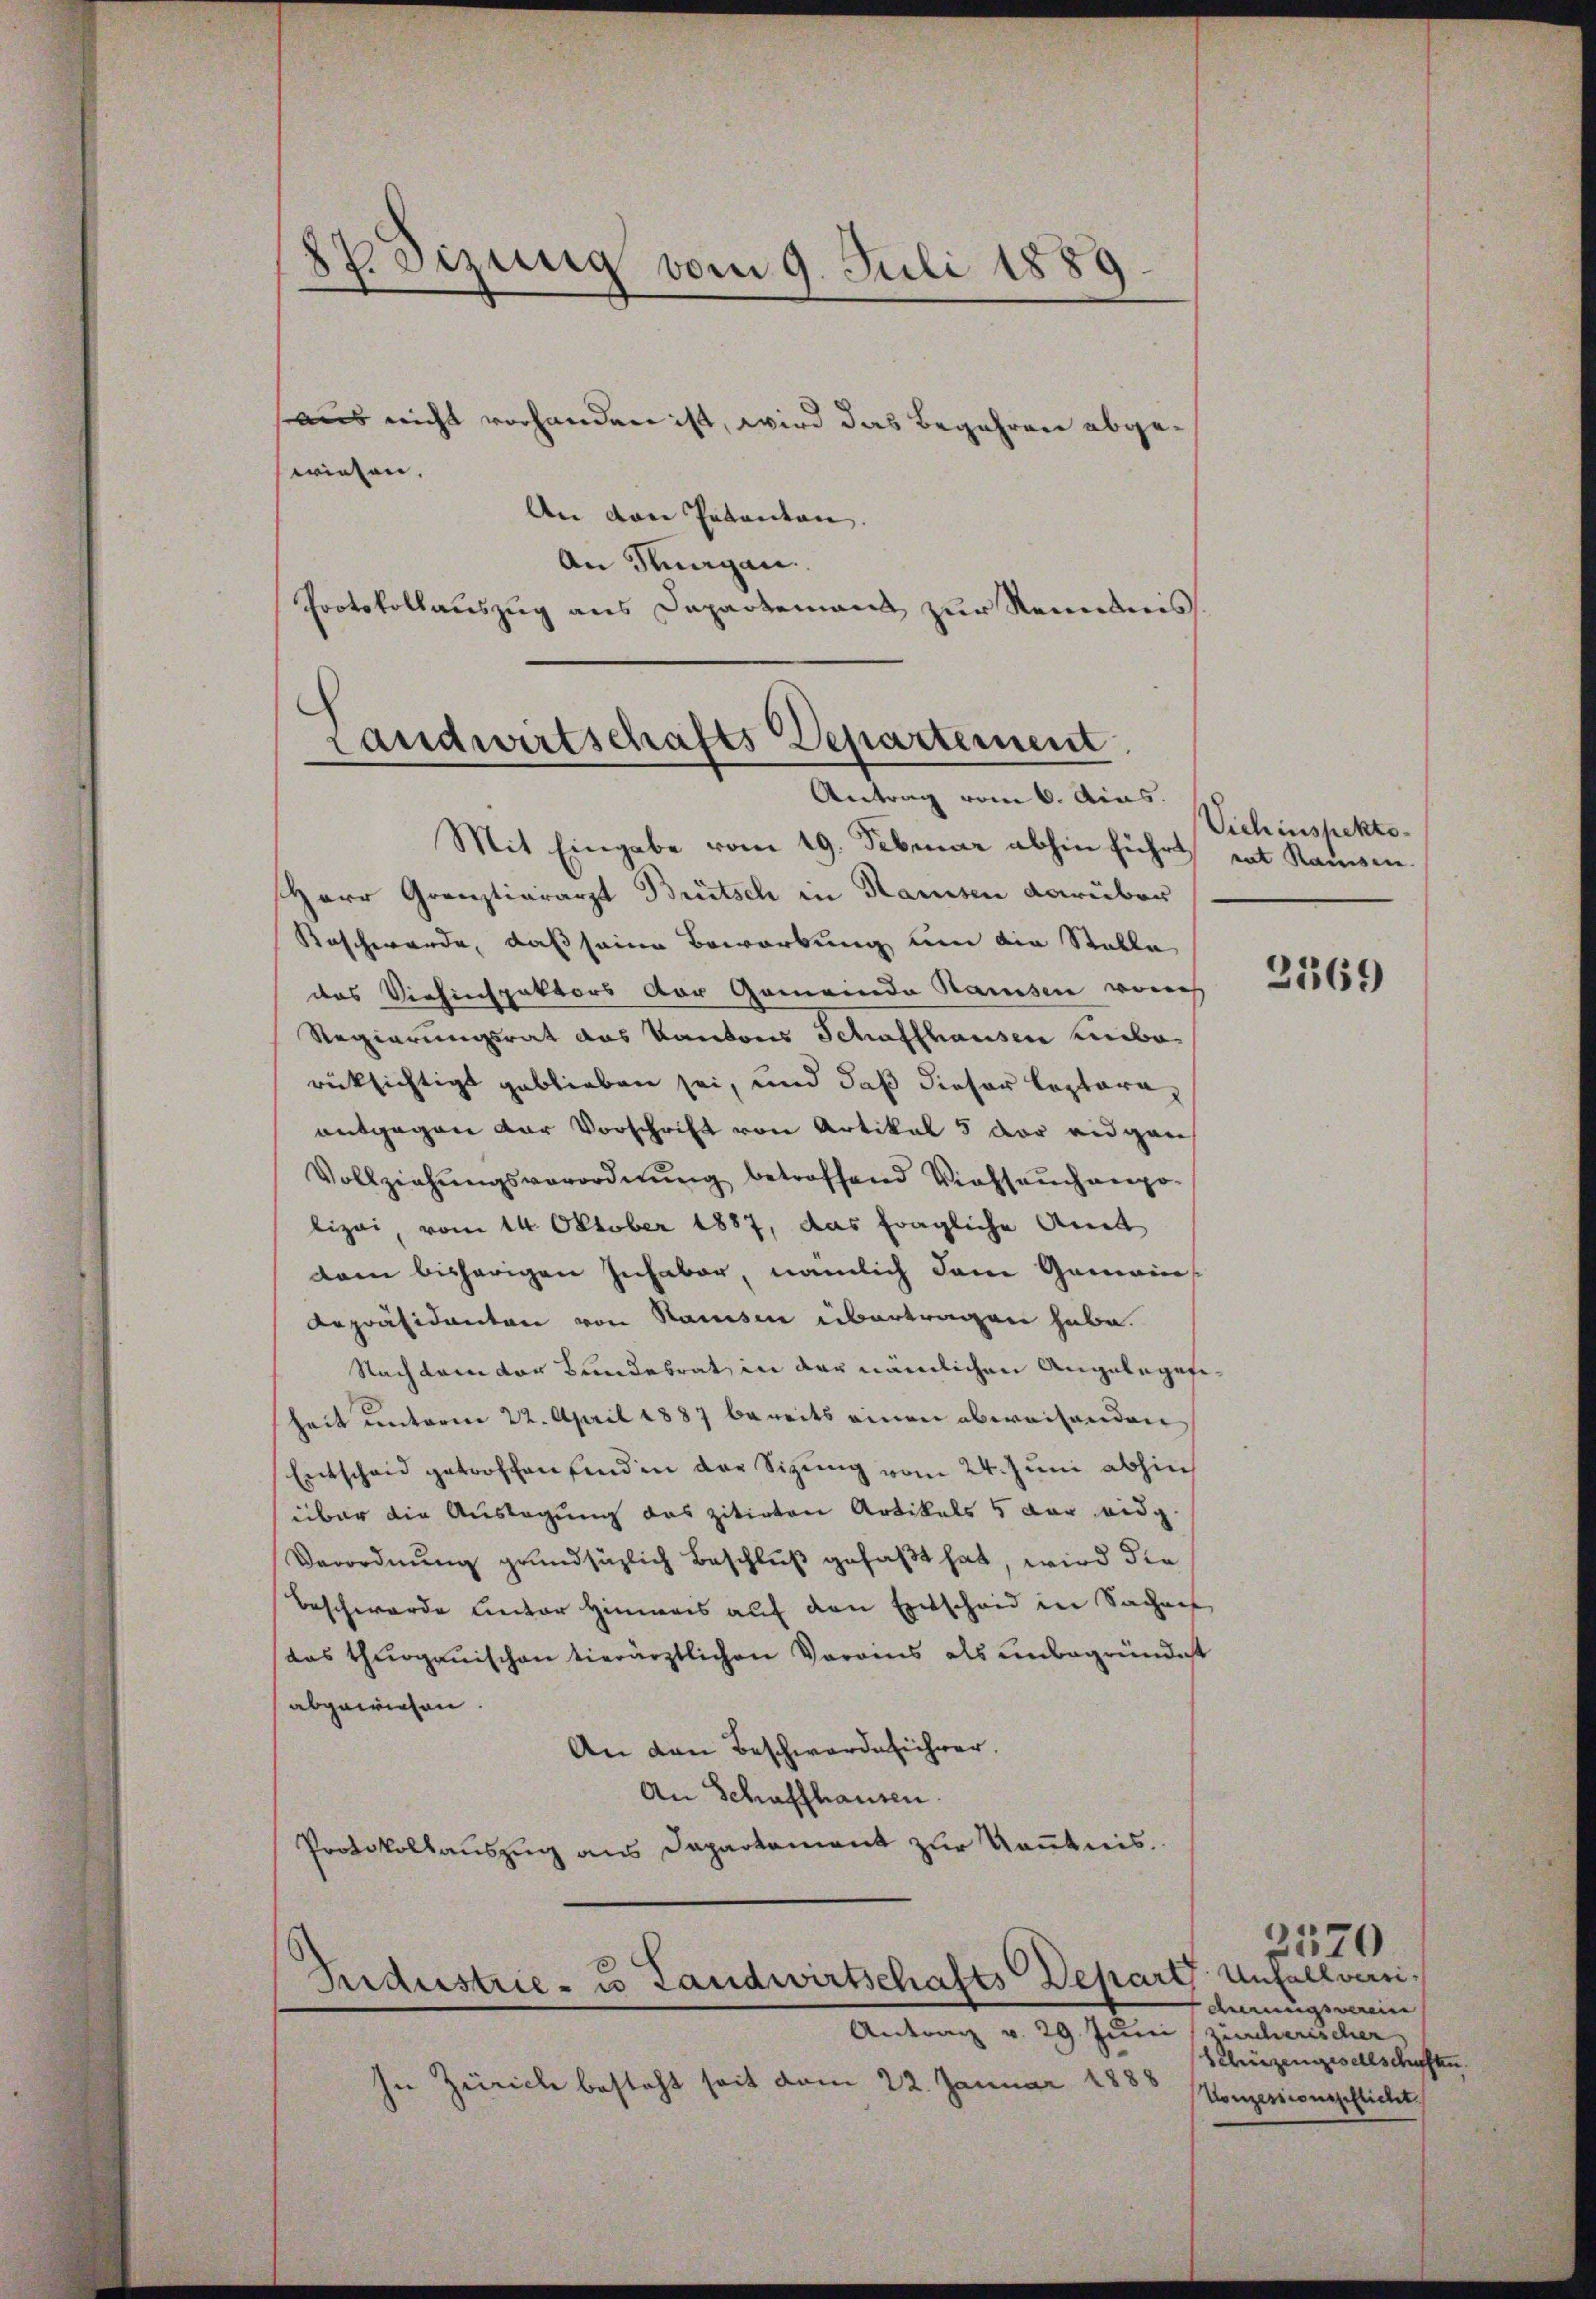
87. Sizung vom 9. Juli 1889.

aus nicht vorhanden ist, wird das Begehren abge¬
An den Petenten.
An Knagan.
Protokollauszug aus Departemens zur Renntnis.

wiesen.

Landwirtschafts Departement
Antrag vom 6. Acas.

Industrie- u Landwirtschafts Depart Unfallvari¬
Antrag v. 29. Juni zürcherischer

zu Zürich besteht seit vom 22. Januar 1888

Mit Eingabe vom 19. Februar abhin führt mit Ramsen.
Herr Grenztiararzt Brütsch in Ramsen darüber
Raschwerde, daß seine Bewerbung um die Stelle
das Viehinspektors der Gemeinda Ramsen vom
Regierungsrat das Kantons Schaffhausen unbe
rücksichtigt geblieben sei, und daß dieser leptora
antgegen der Vorschrift von Artikal 5 der eidgan
Vollziehŭngsverordnŭng betroffend Viehseuchampo-
lizei, vom 14. Oktober 1887, das fragliche Amt
dann bisherigen Inhaber, nämlich dem Gemein-
Repräsidenten von Ramsen übertragen habe.
Nachdem der Bundesrat in der nämlichen Angelegefiheit unterm 22. April 1887 bereits einen abweisenden
Entscheid getroffen sind in der Sitzung vom 24. Juni abhin
über die Auslagung das zitirten Artikels 5 der eidg.
Verordnung grundsätzlich Beschluß gefaßt hat, wird die
Beschwerde unter Hinweis auf den Entscheid in Sachens
das thurgauischen vierärztlichen Varais als unbegründet
abgewiesen
An den Beschwerde sicher.
An Schaffhausen.
Protokollauszug aus Departement zur Kenntnis.

Vichinspekto¬

2569

drungsverein
Schüzengesellschaften.
Konzessionspflicht

2570